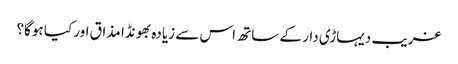
غریب دیہاڑی دار کے ساتھ اس سے زیادہ بھونڈا مذاق اور کیا ہوگا؟